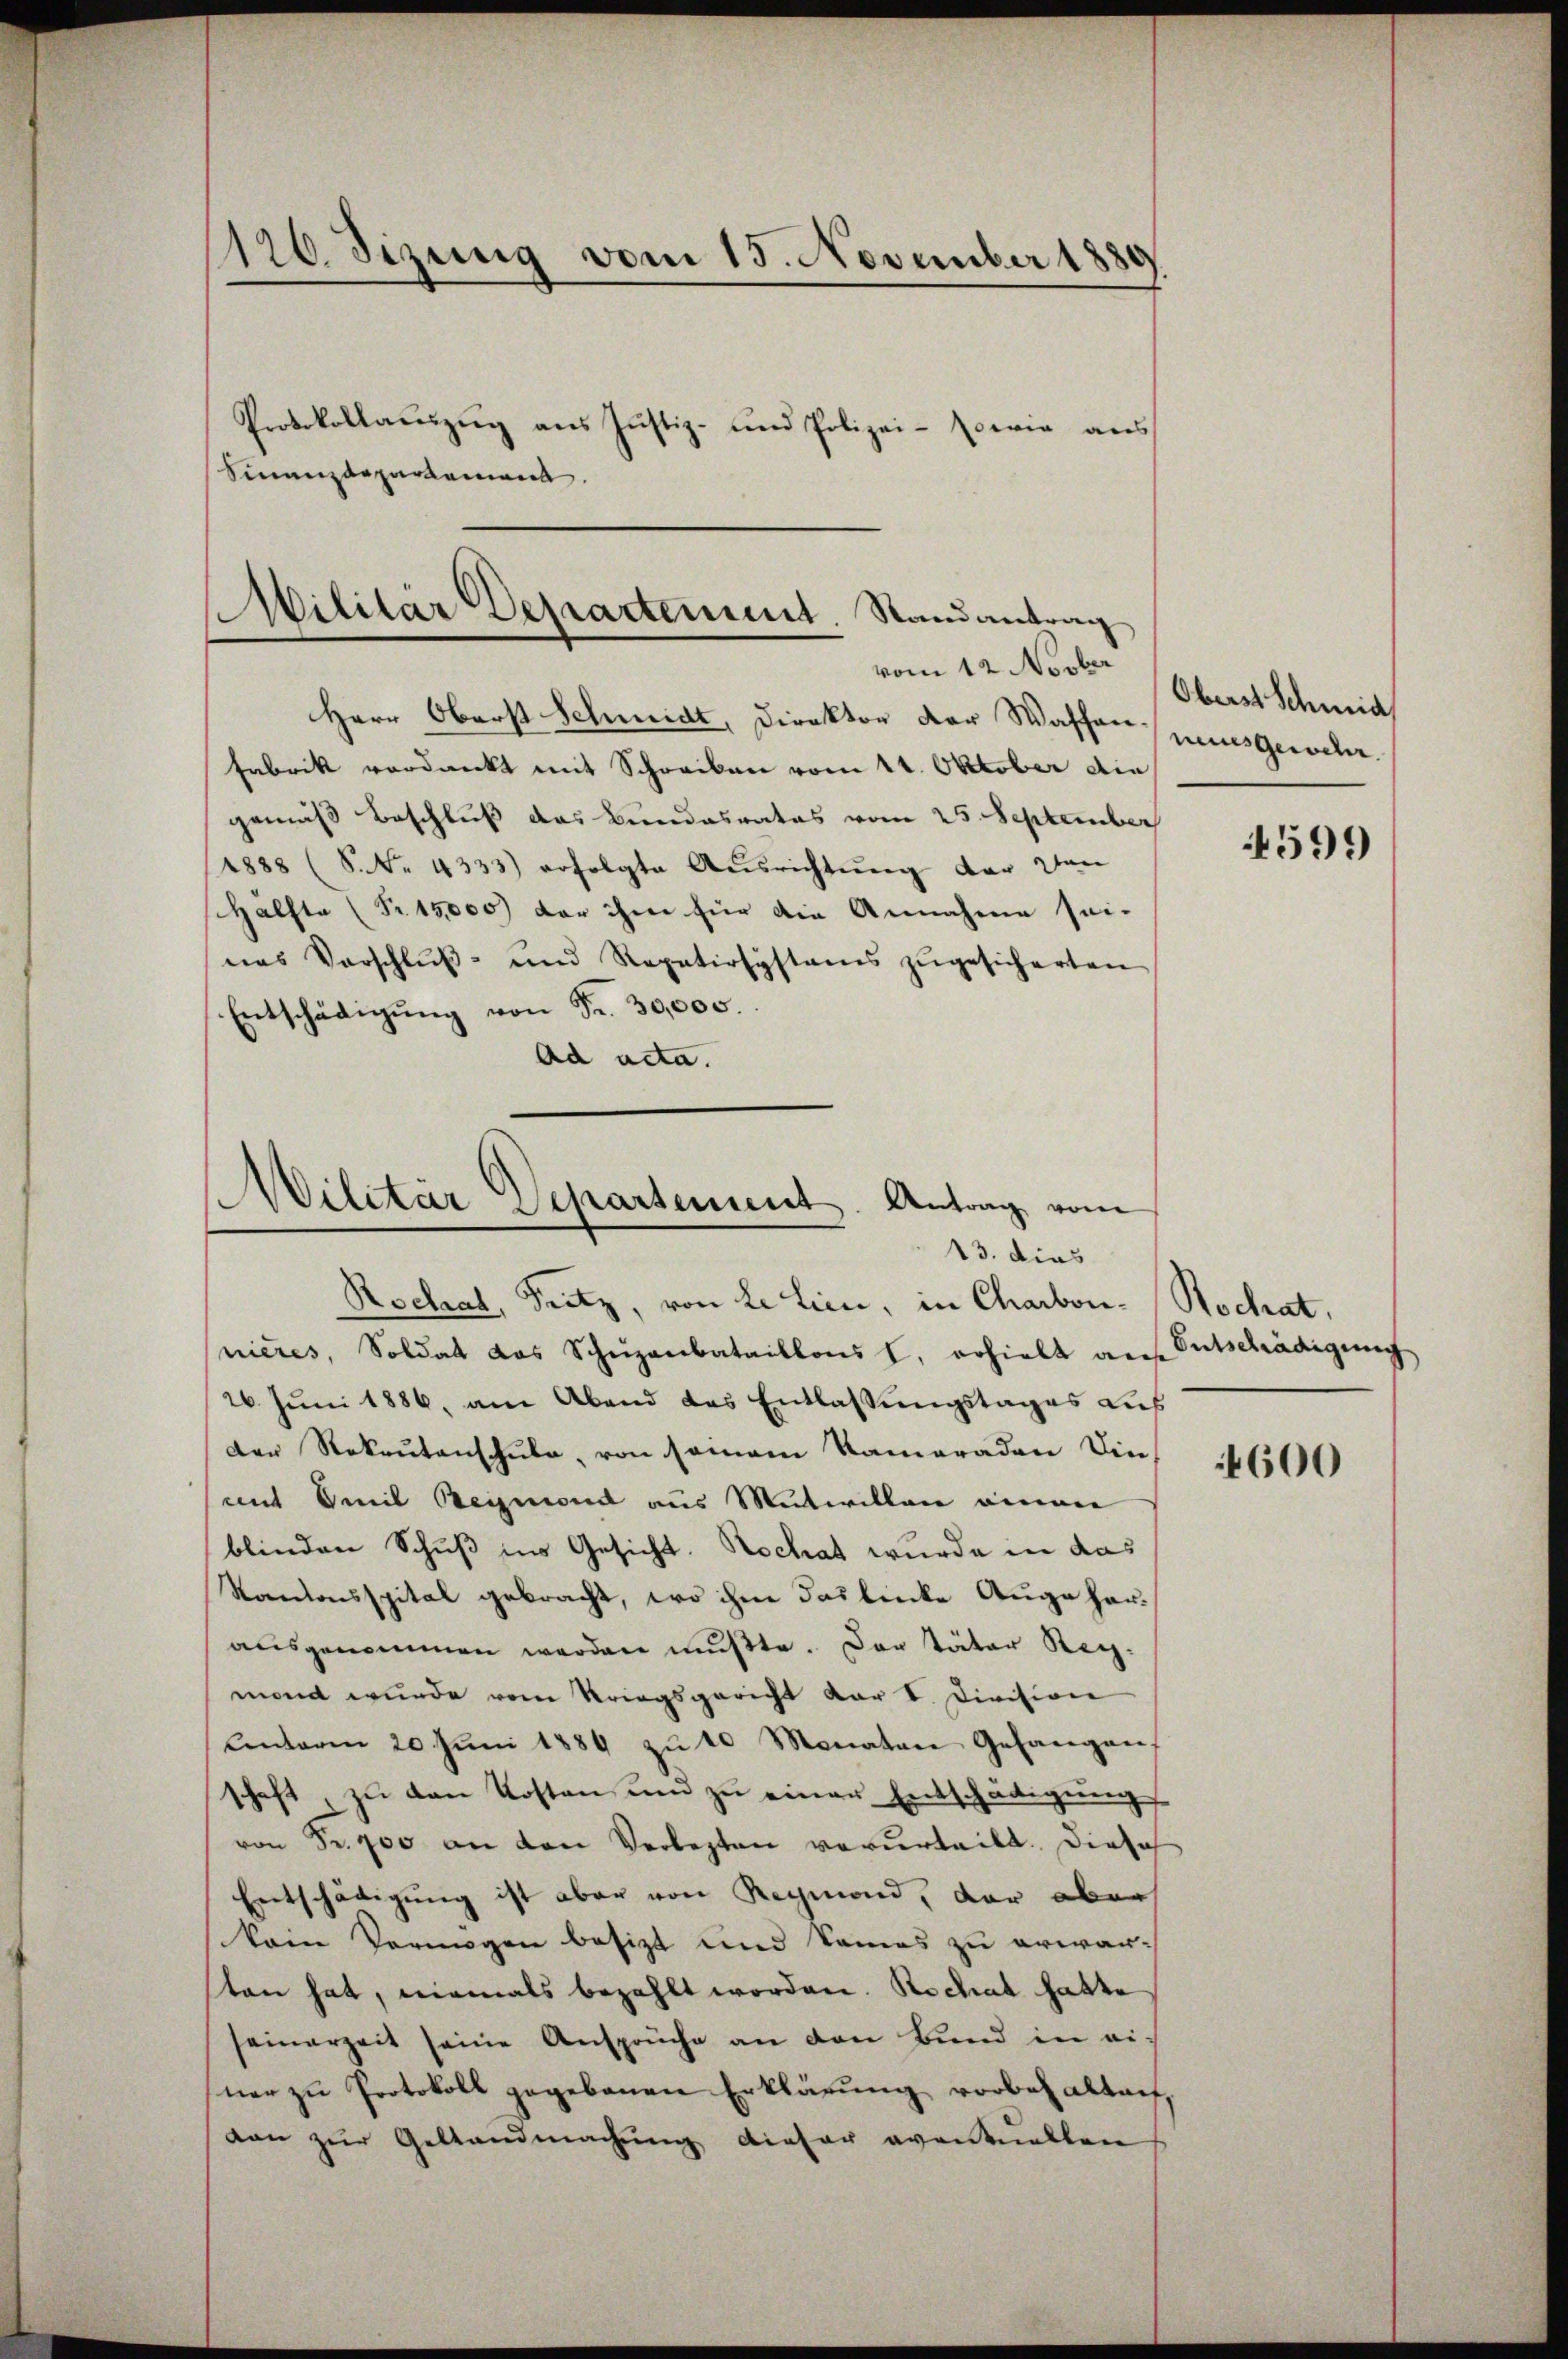
120 dizung vom 15. November 1881
Protokollaŭszŭg ans Justiz- und Polizei- sowie aus
Sinanzdepartement.

Militär Departement. Randantrag
vom 12. Novber

Herr Oberst Schmidt, Direktor der Waschen uns gewil¬
Fabrik verdankt mit Schreiben vom 14. Oktober die
gemäß Beschluß das Bundesrates vom 25. September
1888 (S. Nr. 4333) erfolgte Aŭsrichtŭng der den
Hälfte (Nr. 15,000 vor ihm für die Annahme sei-
nes Vorschlŭβ- und Repetirsystems zŭgesicherten
Entschädigŭng von Fr. 30,000.
Ad acta.

Militär Departement. Antrag vom
13. dies

Oberst Schmid

Rechal, Seitz, von Lilien, in Charbon-Rochat,
nières, Soldat das Schuzanbataillons I. erhielt au
26 Jŭni 1886, am Abend das Entlassŭngstages Lus
der Rekrutenschule, von saman Kameraden Dinmit Emil Beymond aus Mitwillen einen
blinden Schuß ins Gesicht. Rochat wurde in das
Kantonsspital gebracht, wo ihm das linke Auge harausgenommen worden mußte. Der Täter Regmont wurde vom Kriegsgericht dar V. Division
Unterm 20 Jŭni 1889 zŭ 10 Monaten Gefangen,
schaft zŭ den Kosten und zŭ einer Entschädigung
von Fr. 900 an den Verbesten verurteilt. Diese
Entschädigung ist aber von Reymond, der aber
kam Vermögen besizt und Sammes zu erwar-
sten hat, niemals bezahlt worden. Rechal hatte
seinerzeit seine Ansprüche an den Bund in ei-
ner zu Protokoll gegebenen Erklärung vorbehalten,
dan zur Gestandmachung dieser eventuellen

4599

Entschädigung

4600